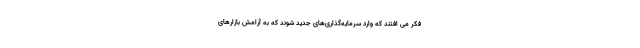
فکر می افتند که وارد سرمایه‌گذاری‌های جدید شوند که به آرامش بازارهای